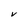
Character: V